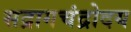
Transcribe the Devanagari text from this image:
सद्रागचंद्रोदय